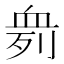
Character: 𰳨